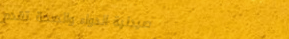
صيدلية الدواء والصحة تقدم